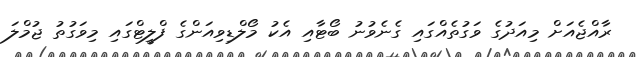
ރާއްޖެއަށް މިއަދުގެ ވަގުތެއްގައި ގެނެވުނު ބޯޓާއި އެކު މޯލްޑިވިއަންގެ ފްލީޓްގައި މިވަގުތު ޖުމްލަ